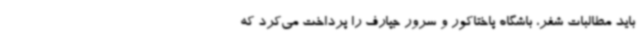
باید مطالبات شفر، باشگاه پاختاکور و سرور جپارف را پرداخت می‌کرد که